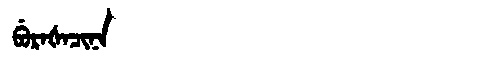
Manchu: ᠪᡠᡵᠠᡧᠠᠴᡳᠨᠠ
Romanization: BURAŠACINA